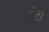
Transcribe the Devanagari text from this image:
रॉर्टी